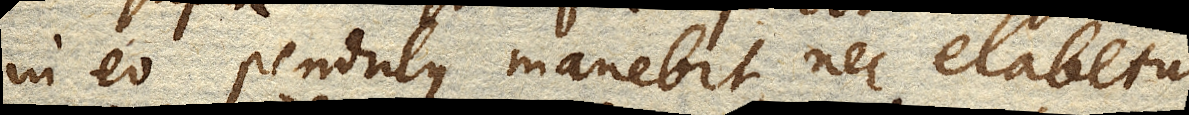
in eo pendulus manebit, nec elabetur,